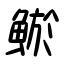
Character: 鯲